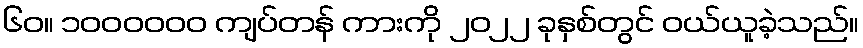
၆၀။ ၁၀၀၀၀၀၀ ကျပ်တန် ကားကို ၂၀၂၂ ခုနှစ်တွင် ဝယ်ယူခဲ့သည်။